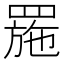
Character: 𦋤